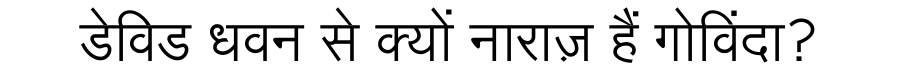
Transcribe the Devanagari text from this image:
डेविड धवन से क्यों नाराज़ हैं गोविंदा?